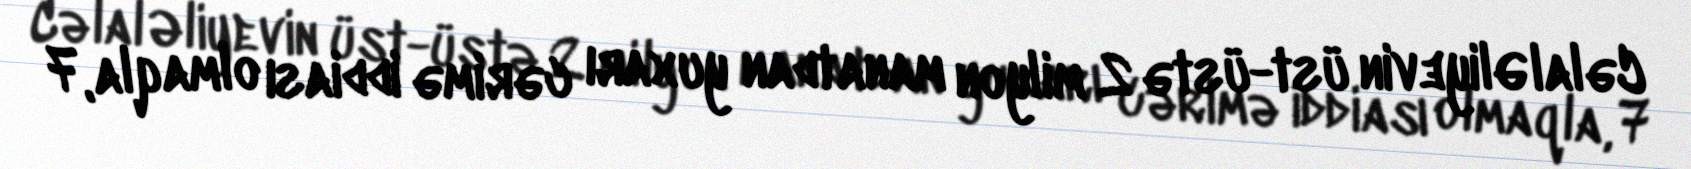
Cəlal Əliyevin üst-üstə 2 milyon manatdan yuxarı cərimə iddiası olmaqla, 7